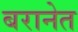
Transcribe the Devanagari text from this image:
बरानेत